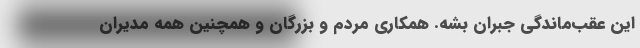
این عقب‌ماندگی جبران بشه. همکاری مردم و بزرگان و همچنین همه مدیران